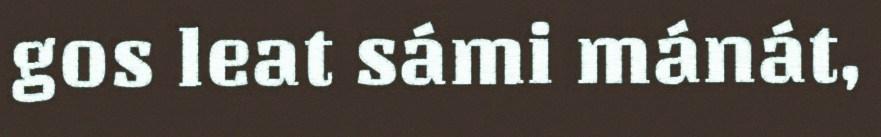
gos leat sámi mánát,